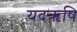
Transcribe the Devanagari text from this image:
यदऋषि